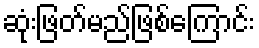
ဆုံးဖြတ်မည်ဖြစ်ကြောင်း